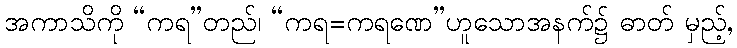
အကာသိကို “ကရ”တည်၊ “ကရ=ကရဏေ”ဟူသောအနက်၌ ဓာတ် မှည့်,